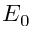
E _ { 0 }